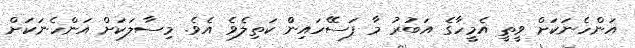
އަންހެނަކަށް ވީތީ އެމީހާގެ އަބުރު މާ ފަސޭހައިންް ކަތިލެވެ އެވެ. މިސާލަކަށް އަންހެނަކަށް